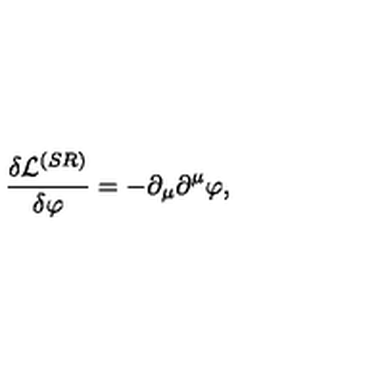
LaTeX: \frac { \delta \mathcal { L } ^ { ( S R ) } } { \delta \varphi } = - \partial _ { \mu } \partial ^ { \mu } \varphi ,